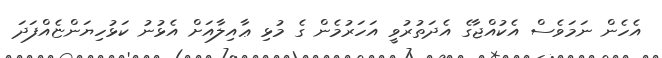
އެހެން ނަމަވެސް އެކުއްޖާގެ އެދަތުރުވީ އަހަރުމެން ގެ މުޅި ޢާއިލާއަށް އެޅުނު ކަޅުހިޔަންޏެއްފަދަ